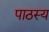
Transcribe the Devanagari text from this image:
पाठस्य